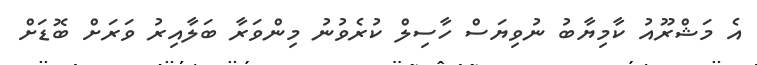
އެ މަޝްރޫއު ކާމިޔާބު ނުވިޔަސް ހާސިލް ކުރެވުނު މިންވަރާ ބަލާއިރު ވަރަށް ބޮޑަށް